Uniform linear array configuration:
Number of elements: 12
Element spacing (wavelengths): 0.5
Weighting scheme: uniform
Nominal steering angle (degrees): -30
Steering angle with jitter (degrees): -30.74
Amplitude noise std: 0.05
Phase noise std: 0.05

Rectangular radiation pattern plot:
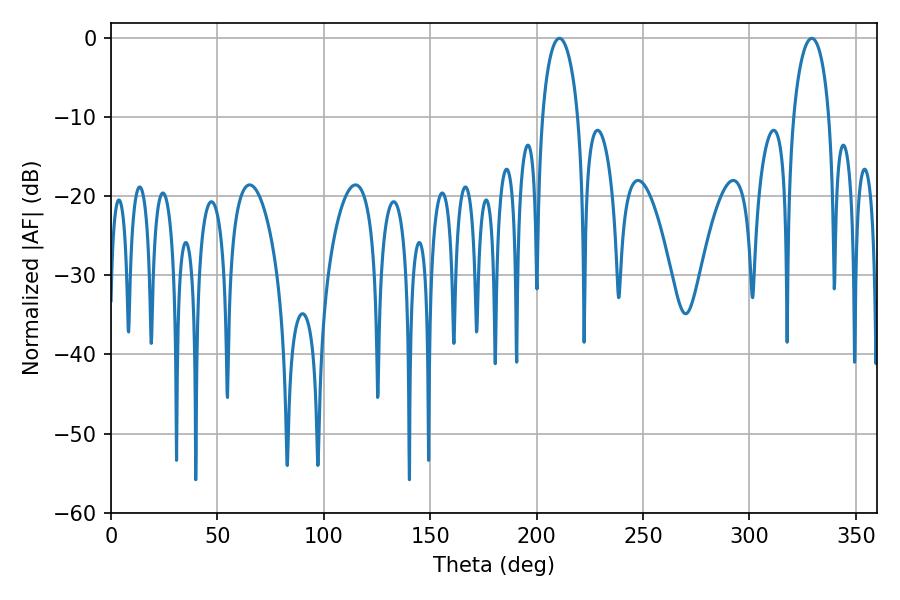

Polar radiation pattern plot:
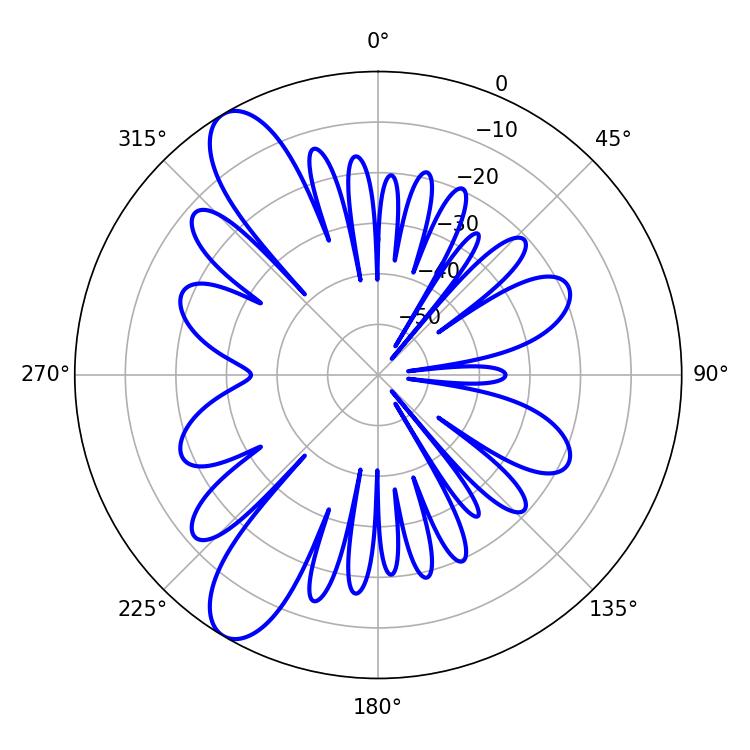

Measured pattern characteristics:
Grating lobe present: FALSE
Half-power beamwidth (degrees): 9.72
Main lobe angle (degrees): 210.78